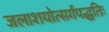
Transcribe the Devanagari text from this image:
जलाशयोत्सर्गपद्धतिः